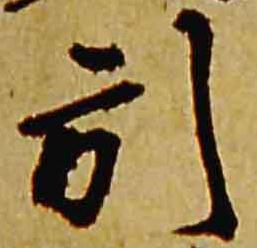
引